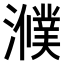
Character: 𤂛